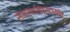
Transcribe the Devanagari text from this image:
समर्थसंप्रदायांत